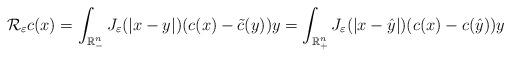
LaTeX: \begin{align*}\mathcal{R}_\varepsilon c(x) = \int_{\mathbb{R}^n_-}J_\varepsilon(|x-y|)(c(x) - \tilde{c}(y))y = \int_{\mathbb{R}^n_+}J_\varepsilon(|x-\hat{y}|)(c(x)- c(\hat{y}))y\end{align*}